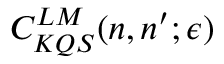
C _ { K Q S } ^ { L M } ( n , n ^ { \prime } ; \epsilon )